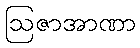
ဩဇာအာဏာ